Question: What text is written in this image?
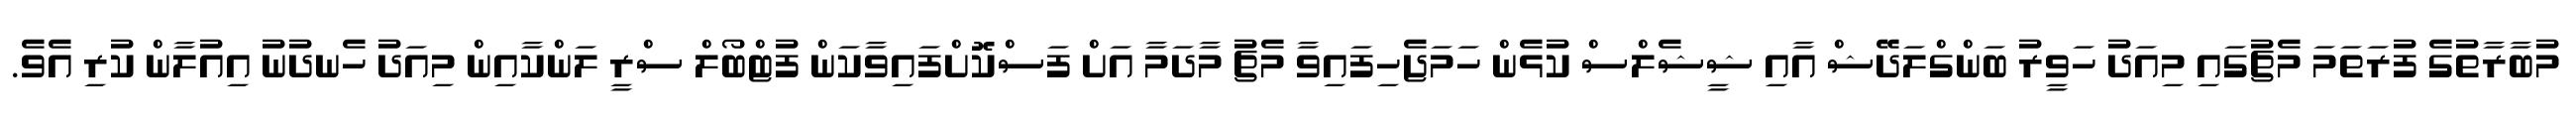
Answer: މުބާރާތުގެ ފުރަތަމަ މެޗުގައި މިއަދު ހަވީރު ބަންގްލަދޭޝް އާއި ޝީޝެލްސް ކުޅެން ހަމަޖެހިފައިވާ މެޗު މާދަމާ އަށް ފަސްކޮށްފައިވާކަން ފުޓްބޯލް ސްރީ ލަންކާއިން މިއަދު ހެނދުނު އިއުލާން ކުރި އެވެ.